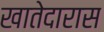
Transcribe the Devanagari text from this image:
खातेदारास